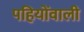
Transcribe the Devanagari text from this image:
पहियोंवाली